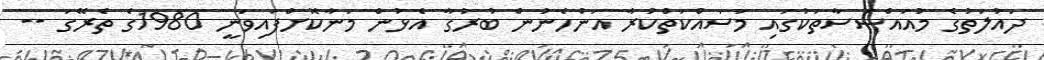
ދައުލަތުގެ މުއައްސަސާތަކުގައި މަސައްކަތްކުރާ އަންހެނުން ބުރުގާ އެޅުން މަނާކޮށްފައިވަނީ 1980ގެ ތެރޭގަ --